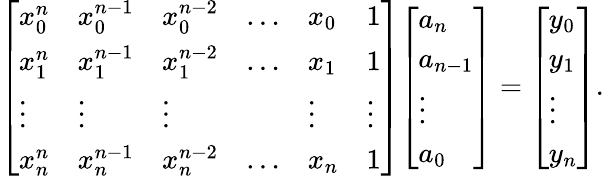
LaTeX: {\left[\begin{array}{llllll}{x_{0}^{n}}&{x_{0}^{n-1}}&{x_{0}^{n-2}}&{\ldots}&{x_{0}}&{1}\\ {x_{1}^{n}}&{x_{1}^{n-1}}&{x_{1}^{n-2}}&{\ldots}&{x_{1}}&{1}\\ {\vdots}&{\vdots}&{\vdots}&{}&{\vdots}&{\vdots}\\ {x_{n}^{n}}&{x_{n}^{n-1}}&{x_{n}^{n-2}}&{\ldots}&{x_{n}}&{1}\end{array}\right]}{\left[\begin{array}{l}{a_{n}}\\ {a_{n-1}}\\ {\vdots}\\ {a_{0}}\end{array}\right]}={\left[\begin{array}{l}{y_{0}}\\ {y_{1}}\\ {\vdots}\\ {y_{n}}\end{array}\right]}.